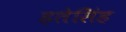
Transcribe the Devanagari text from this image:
हतेसिंह